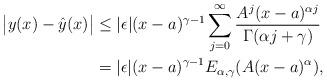
LaTeX: \begin{align*}\big|y(x)-\hat{y}(x)\big|&\leq|{\epsilon}|(x-a)^{\gamma-1}\sum_{j=0}^{\infty}\frac{A^j(x-a)^{\alpha{j}}}{\Gamma(\alpha{j}+\gamma)}\\&=|{\epsilon}|(x-a)^{\gamma-1}E_{\alpha,\gamma}(A(x-a)^{\alpha}),\end{align*}